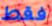
فقط